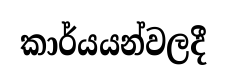
කාර්යයන්වලදී